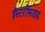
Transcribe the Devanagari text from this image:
ईस्टरीफाइड